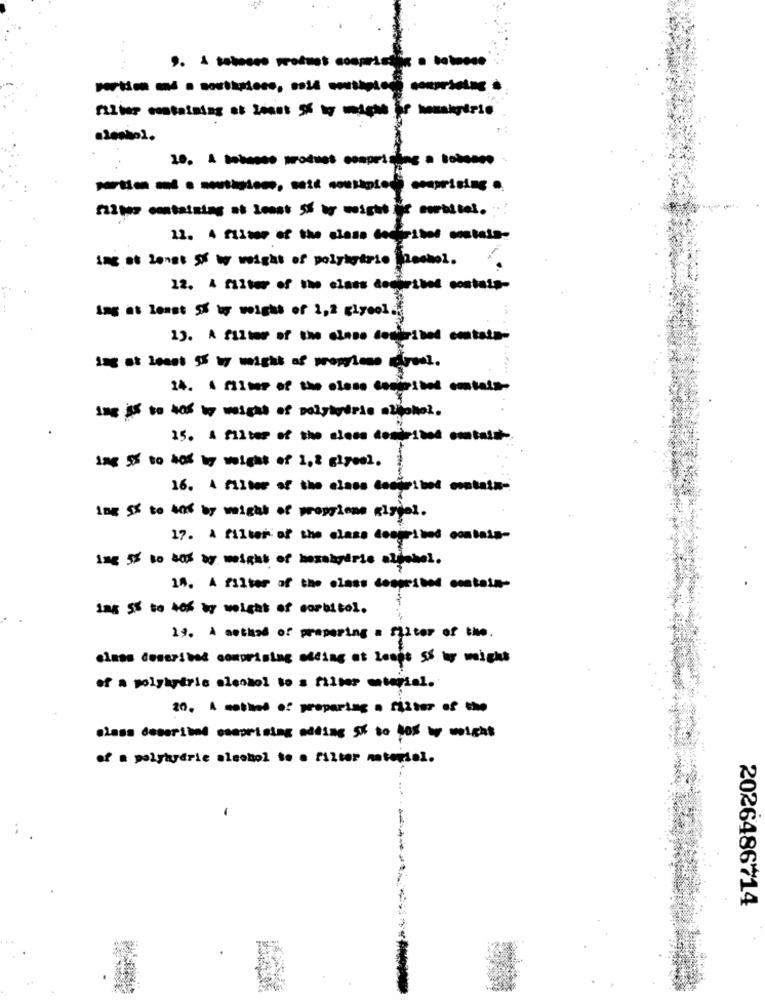
, :
film containing at least is by weightfor sorbitol.
img at lonst ff by weight of polyicario flashol.
12. A filter of the class decuribed contais-
Ing at least So by weight of 1,2 glycol ..
1). A filter of the cinco domuribed contain-
ing at least is by weight of prossimo duval.
14. 4 filter of the olene ceniested emtais-
Ime is to tos by weight of polyigérie alkohol.
15. A filmes of the class demirsted omtalt
ing 5% to hos wy wight of 1,2 giyeel.
16. A filter of the class tedie:bel montata-
ing 5% to 40% by weight of propylene glytel.
17. A filter of the class described contain-
Ing 5% to bos by weight of messagerie algabel.
14. A filter of the class despested contain-
Las St to los by weight of sorbitol.
29. A method of preparing a filter of the.
elmas described comprising siding at least SS wy might
of a polyhytric eleshol so a filter material.
20. A method of properties a filter of the
class described csaprising adding 5% to bos w weight
of a polyagerie alsohol to o filter material.
-
2026486714